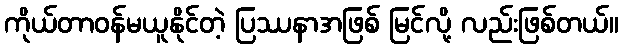
ကိုယ်တာဝန်မယူနိုင်တဲ့ ပြဿနာအဖြစ် မြင်လို့ လည်းဖြစ်တယ်။